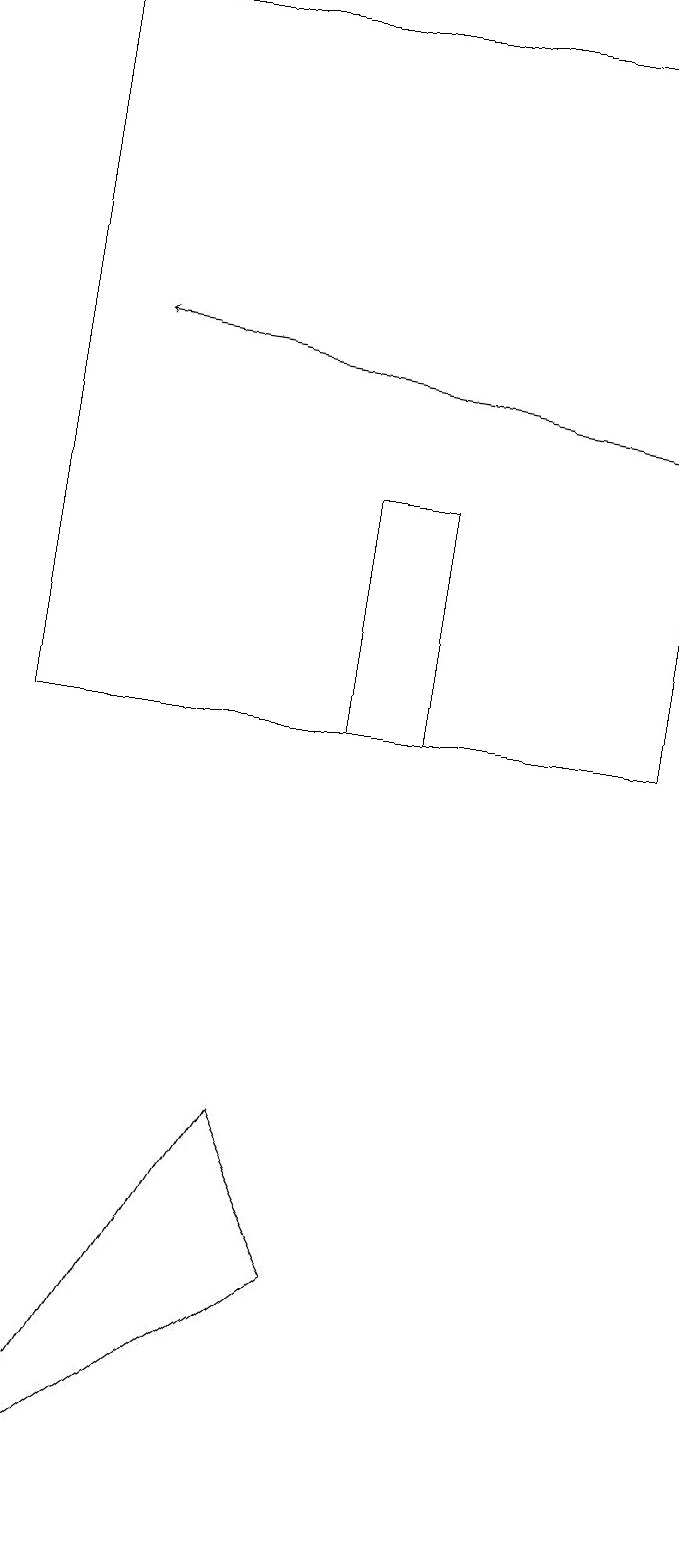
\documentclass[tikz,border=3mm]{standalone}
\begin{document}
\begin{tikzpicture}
\draw (4,10) rectangle (5,13);
\draw (8,10) rectangle (0,19);
\draw (0,0) -- (4,3) -- (3,5) -- cycle;
\draw[->] (8,14) -- (1,15);
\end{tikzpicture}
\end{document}